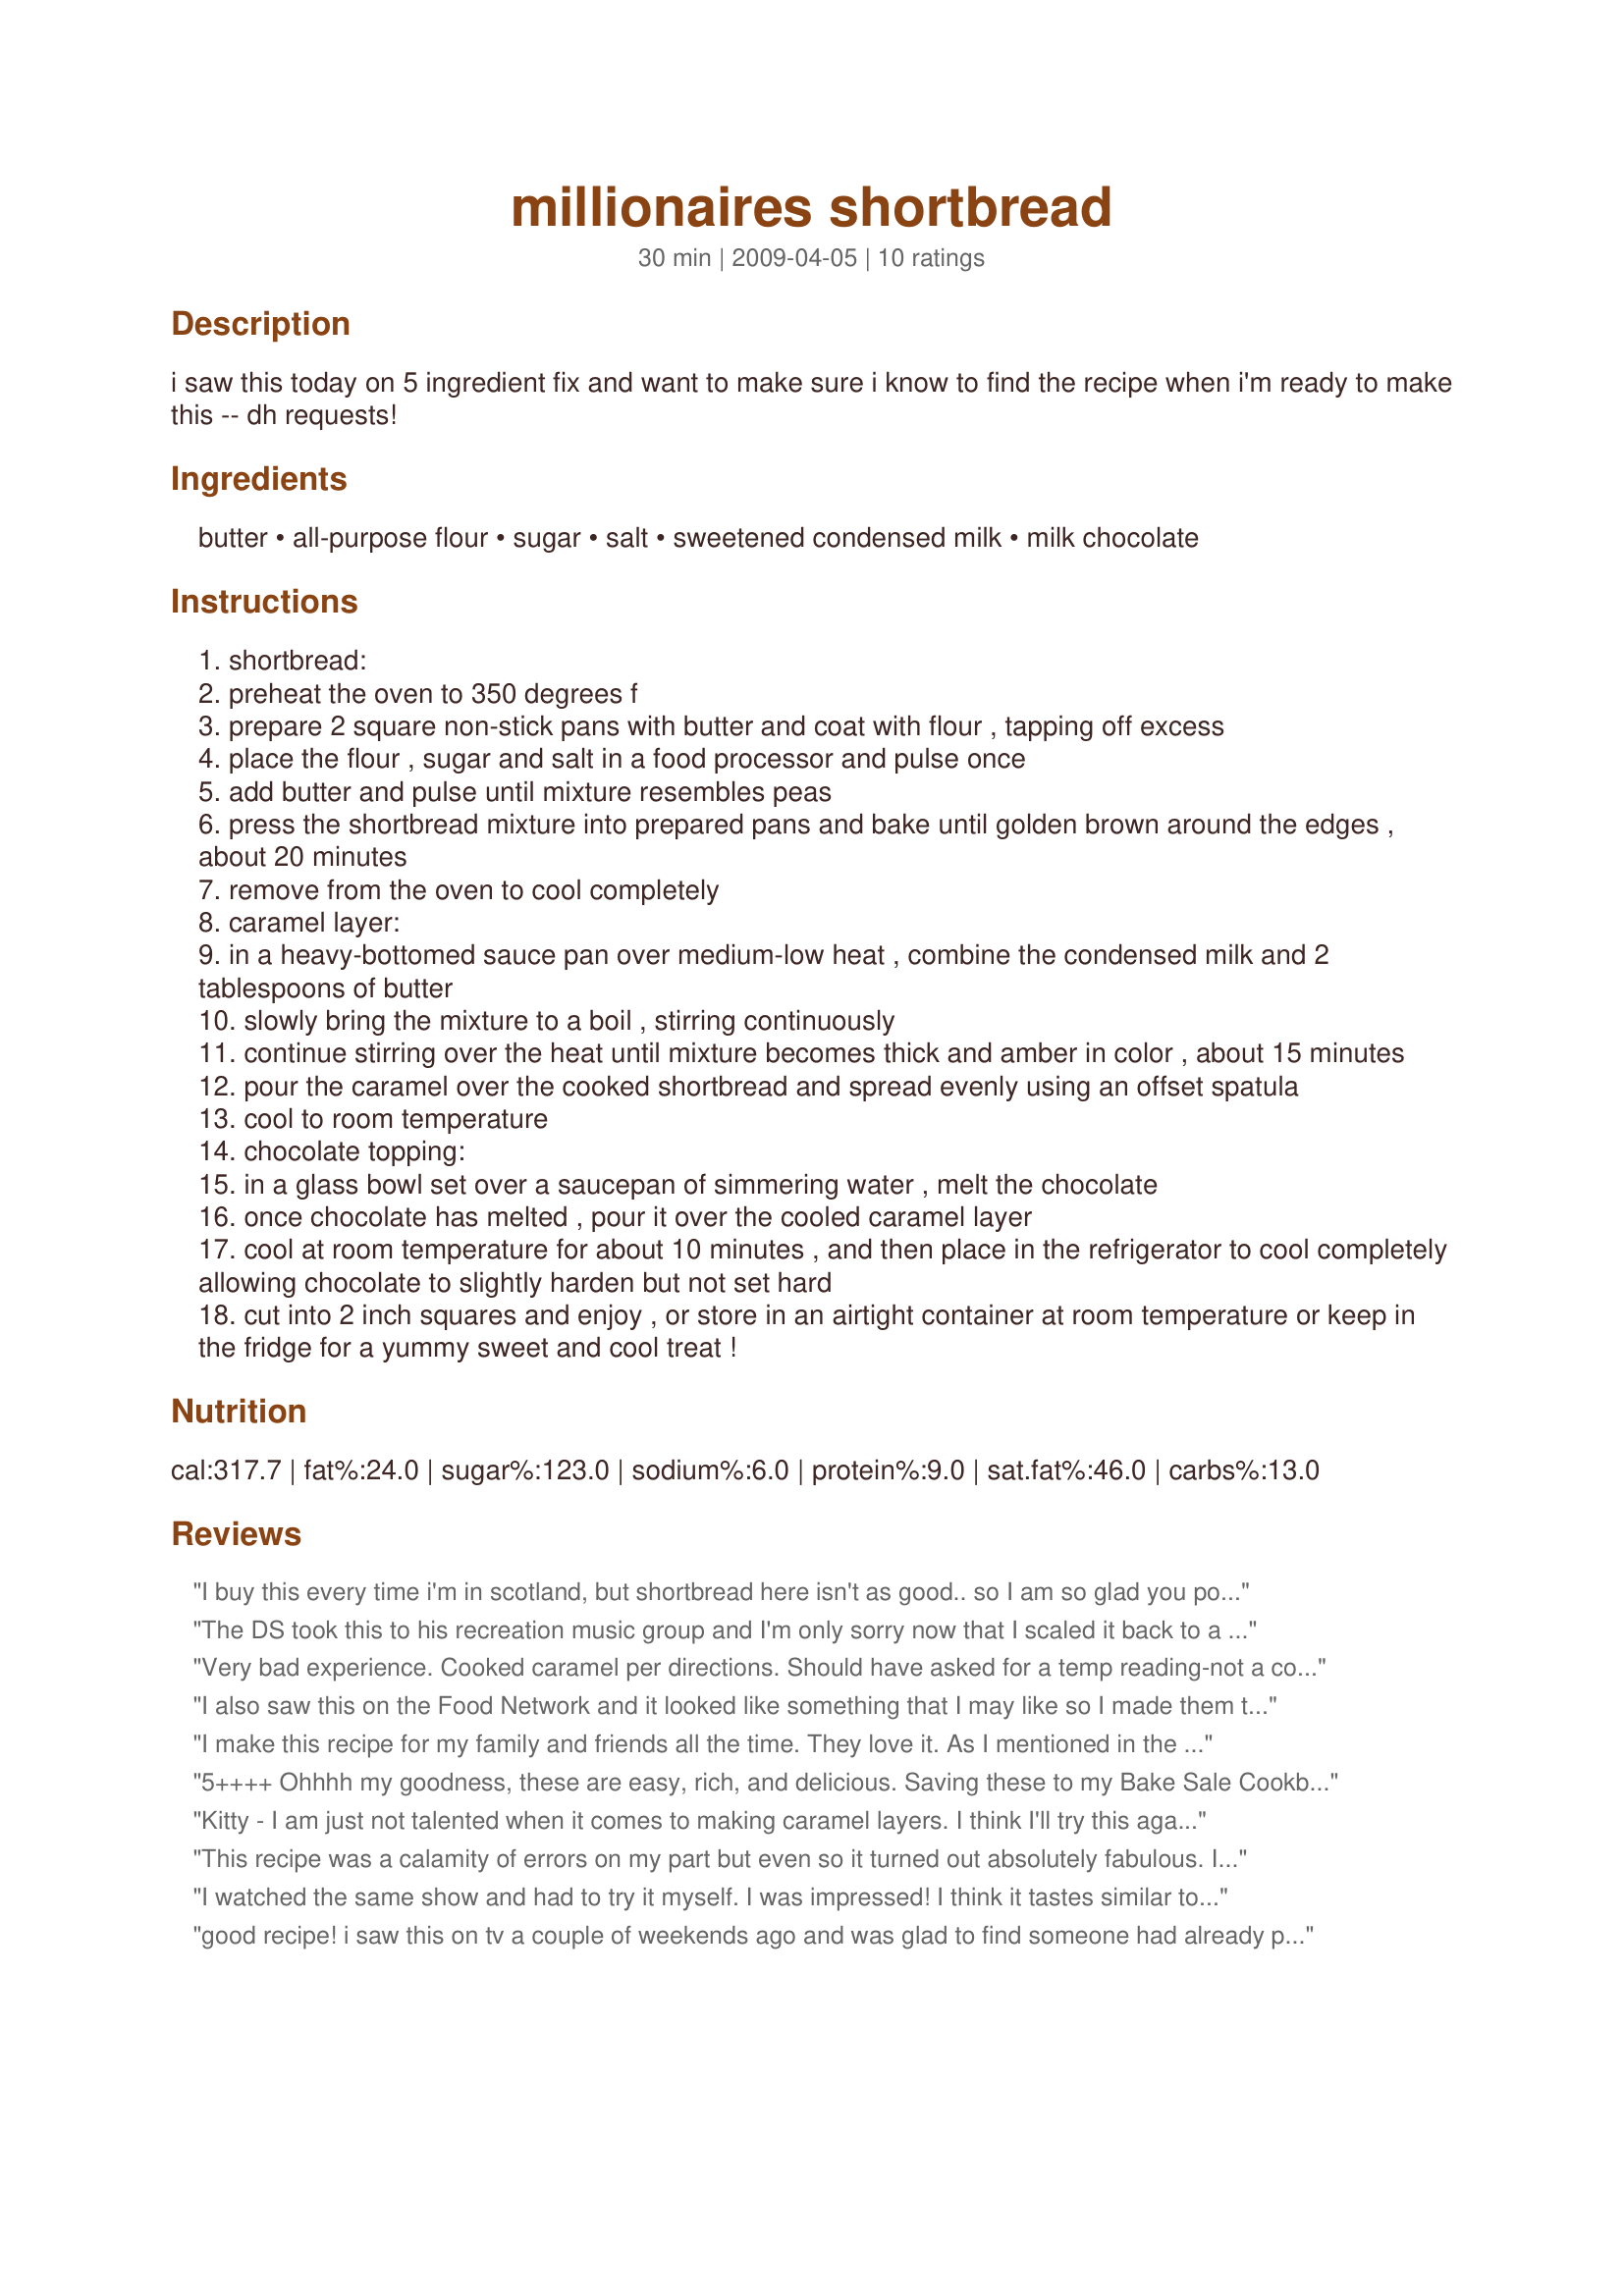
millionaires shortbread
Preparation time: 30 minutes

i saw this today on 5 ingredient fix and want to make sure i know to find the recipe when i'm ready to make this -- dh requests!

Ingredients:
butter, all-purpose flour, sugar, salt, sweetened condensed milk, milk chocolate

Steps:
shortbread:
preheat the oven to 350 degrees f
prepare 2 square non-stick pans with butter and coat with flour , tapping off excess
place the flour , sugar and salt in a food processor and pulse once
add butter and pulse until mixture resembles peas
press the shortbread mixture into prepared pans and bake until golden brown around the edges , about 20 minutes
remove from the oven to cool completely
caramel layer:
in a heavy-bottomed sauce pan over medium-low heat , combine the condensed milk and 2 tablespoons of butter
slowly bring the mixture to a boil , stirring continuously
continue stirring over the heat until mixture becomes thick and amber in color , about 15 minutes
pour the caramel over the cooked shortbread and spread evenly using an offset spatula
cool to room temperature
chocolate topping:
in a glass bowl set over a saucepan of simmering water , melt the chocolate
once chocolate has melted , pour it over the cooled caramel layer
cool at room temperature for about 10 minutes , and then place in the refrigerator to cool completely allowing chocolate to slightly harden but not set hard
cut into 2 inch squares and enjoy , or store in an airtight container at room temperature or keep in the fridge for a yummy sweet and cool treat !

Reviews:
I buy this every time i'm in scotland, but shortbread here isn't as good.. so I am so glad you posted this.. tastes like we get in Glasgow
The DS took this to his recreation music group and I'm only sorry now that I scaled it back to a half batch, for I should have doubled it, it was so popular and so many recipes went out the door that day between staff and clients (adults with intellectual and or physical challenges). Thank you diner524, looks like this will be made in a lot of households downunder.
Very bad experience.
Cooked caramel per directions. Should have asked for a temp reading-not a color. It is as hard as a rock.
 Am disappointed.
I also saw this on the Food Network and it looked like something that I may like so I made them the next day. I didn't like them, I LOVED them! I followed the recipe, and for the chocolate I used a bag of milk chocolate chips. When I make them again I will use a semi-sweet chocolate chip instead because they are so rich - a little goes a long way.
I make this recipe for my family and friends all the time. They love it. As I mentioned in the previous review I tried covering it with white chocolate and drizzling dark on top of it. It was a great success. I also did the base using my gluten free flour mix and the shortbread was the best ever. Thank you to Kittycatmon for the orgininal recipe.
5++++ Ohhhh my goodness, these are easy, rich, and delicious. Saving these to my Bake Sale Cookbook so we can sell these at our Holiday Faire this year, I know we will make be able to sell a bunch of these. Everyone has just gotta try these, if you make the caramel exactly as in the recipe you will have no problems at all, and I live at 3200 plus feet above sea level and it came out perfect! Thank you for a great recipe!!!!
Kitty - I am just not talented when it comes to making caramel layers. I think I'll try this again by melting caramel squares instead of trying to make my own. Until I do I'm not going to leave stars... it was definitely me this time. After my catastrophe I did try the shortbread with some of the chocolate and it was divine! Tried this recipe for your win in Summer Spectacular event in the cooking tag forum June 2009
This recipe was a calamity of errors on my part but even so it turned out absolutely fabulous. I should have been smart enough to half the recipe but it didn't even occur to me until it was too late. I cut in the butter the old fashioned way, no processor required. I only have one 8x11 pan so I decided to use a large pan instead. I used a 13x11 pan and increased my cooking time by about 7 minutes to make up the difference. Then I realized I didn't add in the salt which in the end didn't make a difference. After cooking only one can of sweetened condensed milk with the full amount of butter for the caramel I realized that the recipe called for two. The shortbread had already cooked, the caramel already on the stove. So I decided to just go ahead with the one can and spread a rather thin layer over the shortbread. Topped that with the chocolate and let it cool. Upon taking a bite it was decadent and melt-in-my mouth delicious. I even wonder if the two cans of milk would have been too sweet. Next time I'll just cut the recipe in half, lol!
I watched the same show and had to try it myself. I was impressed! I think it tastes similar to a twix candy bar! Thanks for posting! Oh also- I made mine in a 9x13 pan and it was great!
good recipe! i saw this on tv a couple of weekends ago and was glad to find someone had already posted it on here. this is a very rich bar but super yummy! the only reason i'm knocking off a star is because it took me 45 minutes of stirring to get the s.c. milk to turn to a caramel color....i thought my arm was going to fall off!
